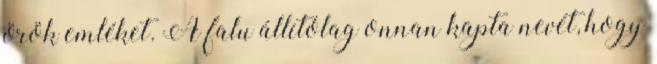
örök emléket. A falu állítólag onnan kapta nevét, hogy